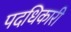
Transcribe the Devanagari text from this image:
पदधिकारी